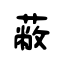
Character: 蔽